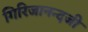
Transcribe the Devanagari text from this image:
गिरिजानन्दजी